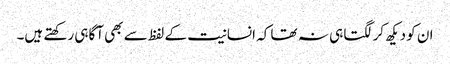
ان کو دیکھ کر لگتا ہی نہ تھا کہ انسانیت کے لفظ سے بھی آگاہی رکھتے ہیں۔